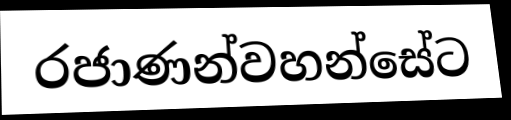
රජාණන්වහන්සේට